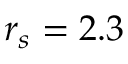
r _ { s } = 2 . 3